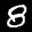
Label: 8